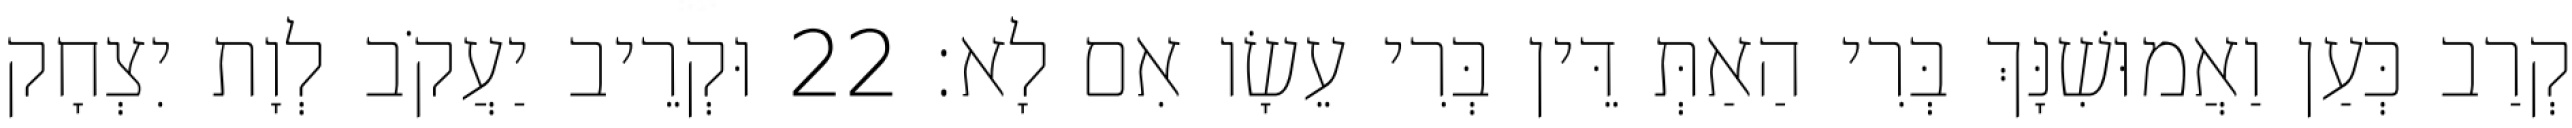
קְרַב כְּעַן וַאֲמוּשִׁנָּךְ בְּרִי הַאַתְּ דֵּין בְּרִי עֵשָׂו אִם לָא׃ 22 וּקְרֵיב יַעֲקֹב לְוָת יִצְחָק